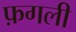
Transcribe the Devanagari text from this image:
फ़गली